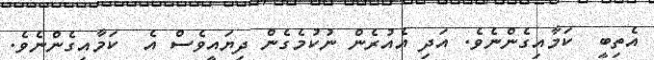
އެތިބީ  ކަމާއިގެންނެވެ. އަދި އެއުރެން ނުކުމެގެން ދިޔައީވެސް އެ  ކަމާއިގެންނެވެ.